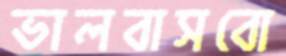
ভালবাসবো